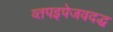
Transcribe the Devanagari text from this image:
व्तपइपेजवदद्ध